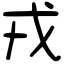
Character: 戎